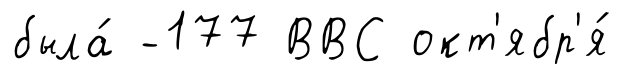
была́ -177 ВВС окт'ябр'я́